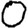
Digit: 0